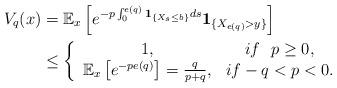
LaTeX: \begin{align*}V_q(x)&= \mathbb E_x\left[e^{-p\int_{0}^{e(q)}\textbf{1}_{\{X_s \leq b\}}ds}\textbf{1}_{\{X_{e(q)} > y\}}\right]\\&\leq \left\{\begin{array}{cc}1,& if \ \ p\geq 0,\\ \mathbb E_x\left[e^{-pe(q)}\right]=\frac{q}{p+q}, & if -q < p < 0.\end{array}\right.\end{align*}